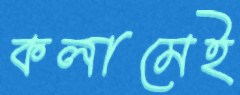
কলামেই